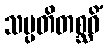
သမ္ပတိတစ္ဆဝိံ